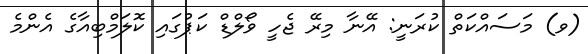
(ވ) މަސައްކަތް ކުރަނީ: އޭނާ މިރޭ ޖެހީ ވޯލްޑް ކަޕުގައި ކޮލަމްބިއާގެ އެންމެ